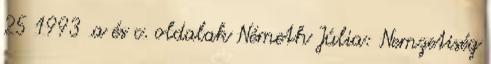
25 1993 .a és c. oldalak Németh Júlia: Nemzetiség